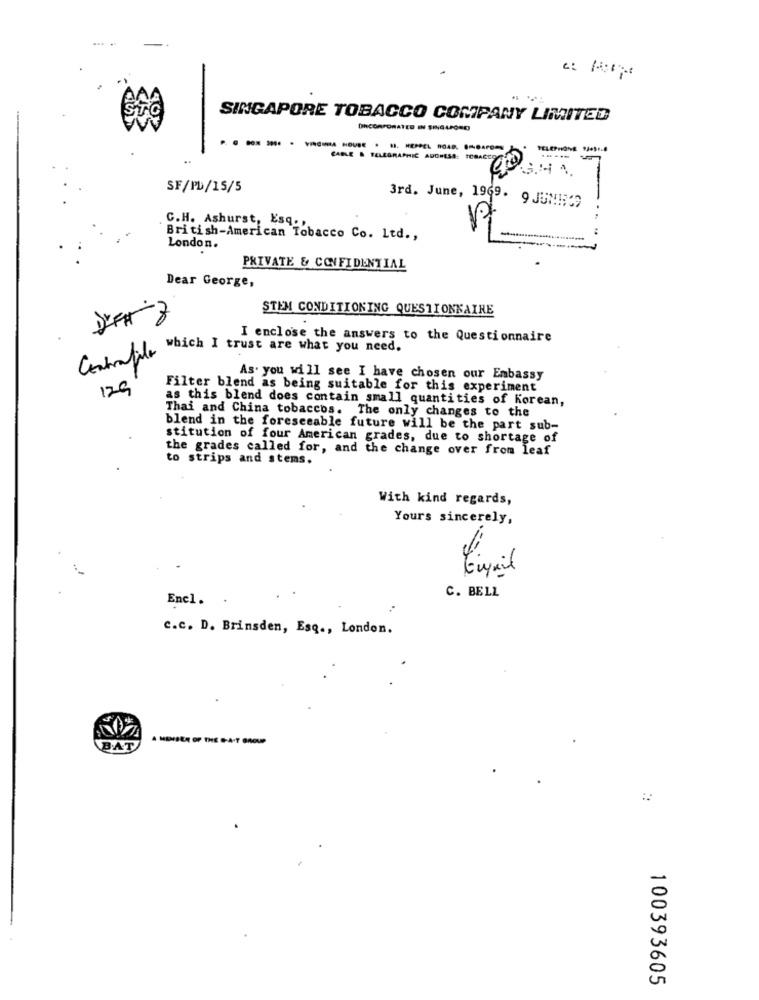
.
SINGAPORE TOBACCO COMPANY LIMITED
DRCORPORATED IN SINGAPORE
CABLE & TELEGRAPHIC ADDRESS: TORACE
GOGHA.
SF/PL/15/5
3rd. June, 1969. 9 JUNI;CS
..
C.H. Ashurst, Esq. ,
British-American Tobacco Co. Ltd .,
London.
.
PRIVATE & CONFIDENTIAL
Dear George,
STEM CONDITIONING QUESTIONNAIRE
D'FAZ
I enclose the answers to the Questionnaire
Contafile which I trust are what you need.
As. you will see I have chosen our Embassy
129
Filter blend as being suitable for this experiment
as this blend does contain small quantities of Korean,
Thai and China tobaccos. The only changes to the
blend in the foreseeable future will be the part sub-
stitution of four American grades, due to shortage of
the grades called for, and the change over from leaf
to strips and stems.
With kind regards,
Yours sincerely,
Ziyail
C. BELL
Enel.
c.c. D. Brinsden, Esq ., London.
A MEMBER OF THE B-A-T GROUP
B.AT
100393605